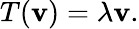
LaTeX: T(\mathbf{v})=\lambda\mathbf{v}.